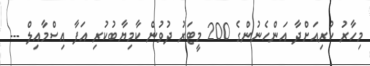
މިހާރު ކުރިއަށްދާ އަންހެނުންގެ 200 މީޓަރު ދުވުން ކާމިޔާބުކުރި އަފާ އިސްމާއިލް ---